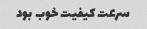
سرعت کیفیت خوب بود